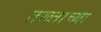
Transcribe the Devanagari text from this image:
तख्ताच्या